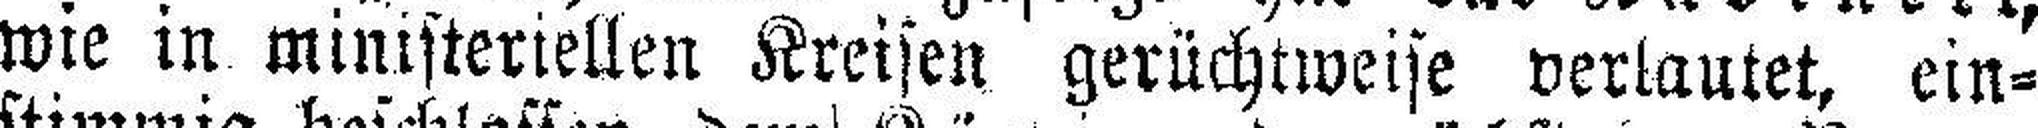
wie in ministeriellen Kreisen gerüchtweise verlautet, ein¬